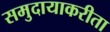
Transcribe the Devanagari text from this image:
समुदायाकरीता